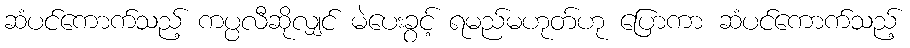
ဆံပင်ကောက်သည့် ကပ္ပလီဆိုလျှင် မဲပေးခွင့် ရမည်မဟုတ်ဟု ပြောကာ ဆံပင်ကောက်သည့်